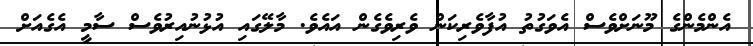
އެންމެންގެ މޫނަށްވެސް އެވަގުތު އުފާވެރިކަން ވެރިވެގެން އައެވެ. މާލޭގައި އުޅުނުއިރުވެސް ސާމީ އެގެއަށް